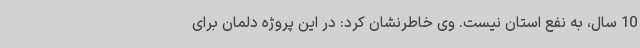
10 سال، به نفع استان نیست. وی خاطرنشان کرد: در این پروژه دلمان برای